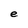
Character: e